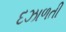
દઝાળતી